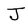
Character: J